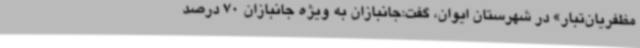
مظفریان‌تبار» در شهرستان ایوان، گفت:جانبازان به ویژه جانبازان 70 درصد